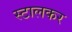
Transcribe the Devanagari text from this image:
स्टालकर